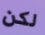
لكن